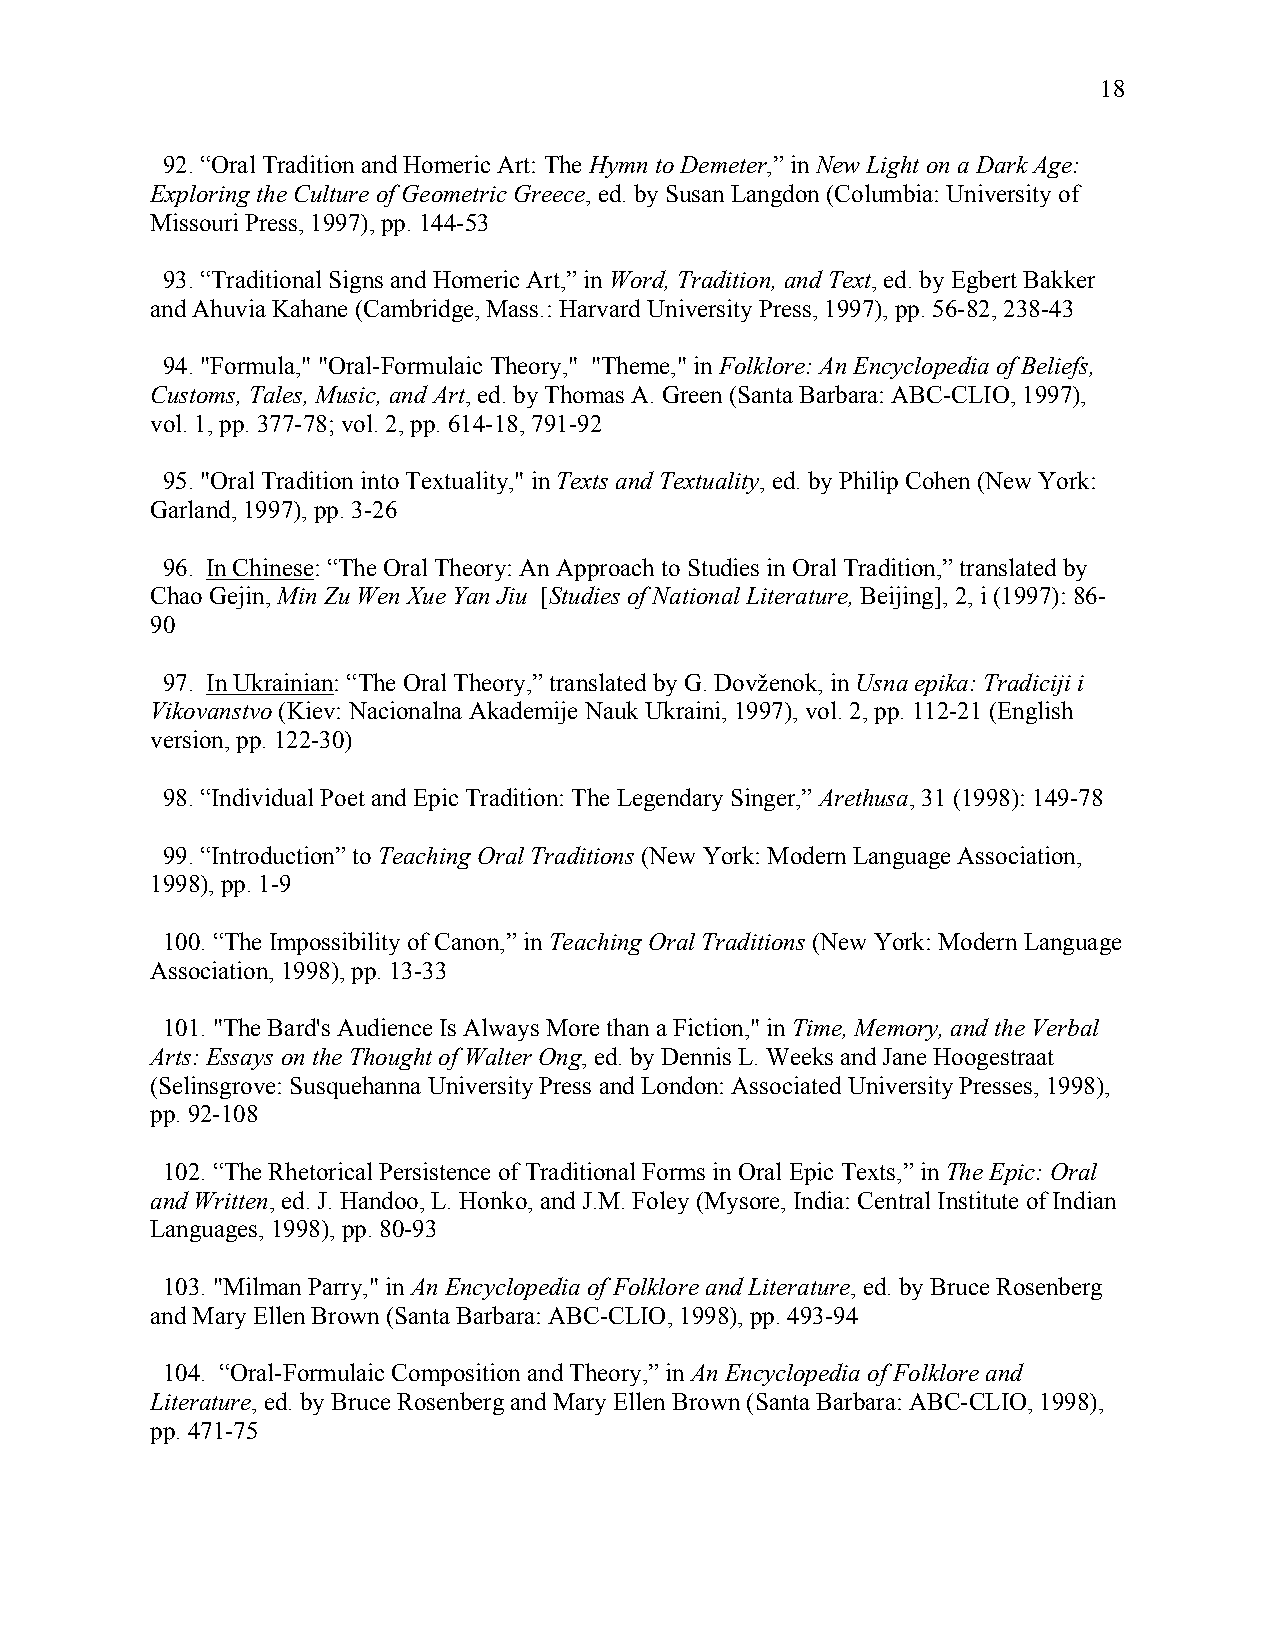
18
 92. “Oral Tradition and Homeric Art: The Hymn to Demeter,” in New Light on a Dark Age:
 Exploring the Culture of Geometric Greece, ed. by Susan Langdon (Columbia: University of
 Missouri Press, 1997), pp. 144-53
 93. “Traditional Signs and Homeric Art,” in Word, Tradition, and Text, ed. by Egbert Bakker
 and Ahuvia Kahane (Cambridge, Mass.: Harvard University Press, 1997), pp. 56-82, 238-43
 94. "Formula," "Oral-Formulaic Theory," "Theme," in Folklore: An Encyclopedia of Beliefs,
 Customs, Tales, Music, and Art, ed. by Thomas A. Green (Santa Barbara: ABC-CLIO, 1997),
 vol. 1, pp. 377-78; vol. 2, pp. 614-18, 791-92
 95. "Oral Tradition into Textuality," in Texts and Textuality, ed. by Philip Cohen (New York:
 Garland, 1997), pp. 3-26
 96. In Chinese: “The Oral Theory: An Approach to Studies in Oral Tradition,” translated by
 Chao Gejin, Min Zu Wen Xue Yan Jiu [Studies of National Literature, Beijing], 2, i (1997): 86-
 90
 97. In Ukrainian: “The Oral Theory,” translated by G. Dovženok, in Usna epika: Tradiciji i
 Vikovanstvo (Kiev: Nacionalna Akademije Nauk Ukraini, 1997), vol. 2, pp. 112-21 (English
 version, pp. 122-30)
 98. “Individual Poet and Epic Tradition: The Legendary Singer,” Arethusa, 31 (1998): 149-78
 99. “Introduction” to Teaching Oral Traditions (New York: Modern Language Association,
 1998), pp. 1-9
 100. “The Impossibility of Canon,” in Teaching Oral Traditions (New York: Modern Language
 Association, 1998), pp. 13-33
 101. "The Bard's Audience Is Always More than a Fiction," in Time, Memory, and the Verbal
 Arts: Essays on the Thought of Walter Ong, ed. by Dennis L. Weeks and Jane Hoogestraat
 (Selinsgrove: Susquehanna University Press and London: Associated University Presses, 1998),
 pp. 92-108
 102. “The Rhetorical Persistence of Traditional Forms in Oral Epic Texts,” in The Epic: Oral
 and Written, ed. J. Handoo, L. Honko, and J.M. Foley (Mysore, India: Central Institute of Indian
 Languages, 1998), pp. 80-93
 103. "Milman Parry," in An Encyclopedia of Folklore and Literature, ed. by Bruce Rosenberg
 and Mary Ellen Brown (Santa Barbara: ABC-CLIO, 1998), pp. 493-94
 104. “Oral-Formulaic Composition and Theory,” in An Encyclopedia of Folklore and
 Literature, ed. by Bruce Rosenberg and Mary Ellen Brown (Santa Barbara: ABC-CLIO, 1998),
 pp. 471-75